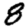
Digit: 8